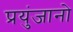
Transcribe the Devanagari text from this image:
प्रयुंजानो